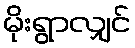
မိုးရွာလျှင်